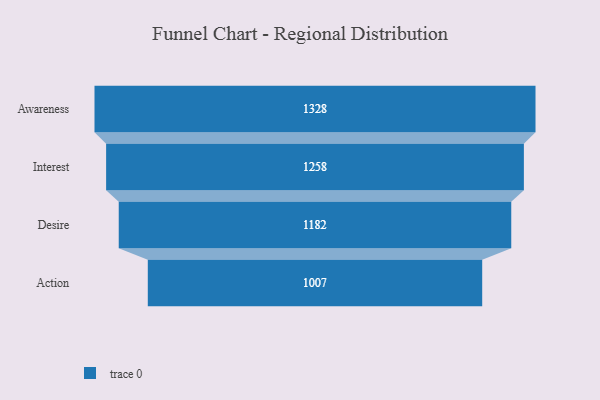
{"axis": {"x": "Stage", "y": "Value"}, "legend": [""], "data": [{"x": "Awareness", "y": 1328.0, "type": ""}, {"x": "Interest", "y": 1258.0, "type": ""}, {"x": "Desire", "y": 1182.0, "type": ""}, {"x": "Action", "y": 1007.0, "type": ""}]}